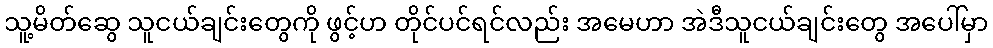
သူ့မိတ်ဆွေ သူငယ်ချင်းတွေကို ဖွင့်ဟ တိုင်ပင်ရင်လည်း အမေဟာ အဲဒီသူငယ်ချင်းတွေ အပေါ်မှာ